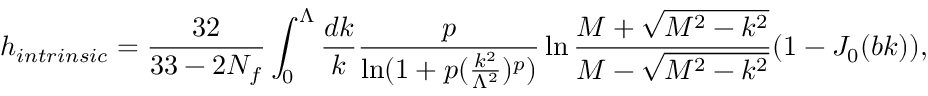
h _ { i n t r i n s i c } = { \frac { 3 2 } { 3 3 - 2 N _ { f } } } \int _ { 0 } ^ { \Lambda } { \frac { d k } { k } } { \frac { p } { \ln ( 1 + p ( { \frac { k ^ { 2 } } { \Lambda ^ { 2 } } } ) ^ { p } ) } } \ln { \frac { M + \sqrt { M ^ { 2 } - k ^ { 2 } } } { M - \sqrt { M ^ { 2 } - k ^ { 2 } } } } ( 1 - J _ { 0 } ( b k ) ) ,